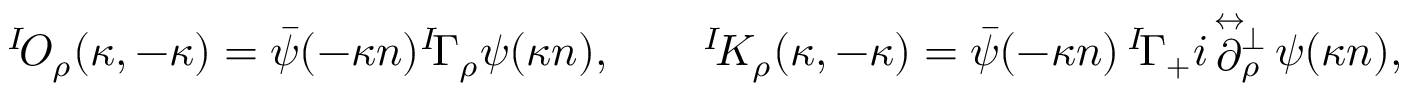
{ ^ I \! { \cal O } _ { \rho } } ( \kappa , - \kappa ) = \bar { \psi } ( - \kappa n ) { ^ I \! { \mit \Gamma } _ { \rho } } \psi ( \kappa n ) , \qquad { ^ I \! { \cal K } _ { \rho } } ( \kappa , - \kappa ) = \bar { \psi } ( - \kappa n ) \, { ^ I \! { \mit \Gamma } _ { + } } i \! \stackrel { \leftrightarrow } { \partial } \! \! { } _ { \rho } ^ { \perp } \, \psi ( \kappa n ) ,